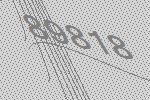
89818